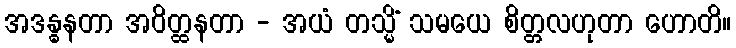
အဒန္ဓနတာ အဝိတ္ထနတာ - အယံ တသ္မိံ သမယေ စိတ္တလဟုတာ ဟောတိ။